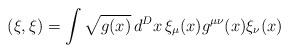
LaTeX: \begin{align*}(\xi, \xi) = \int \sqrt{g(x)}\, d^D x \,\xi_{\mu}(x) g^{\mu\nu}(x) \xi_{\nu} (x)\end{align*}